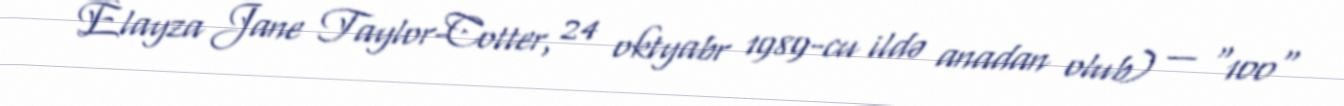
Elayza Jane Taylor-Cotter, 24 oktyabr 1989-cu ildə anadan olub) — "100"